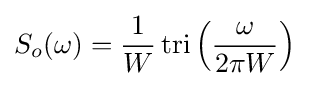
S_{o}(\omega )={\frac {1}{W}}\operatorname {tri} \left({\omega  \over 2\pi W}\right)